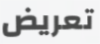
تعريض